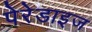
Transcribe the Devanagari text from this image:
पेरेडाइज